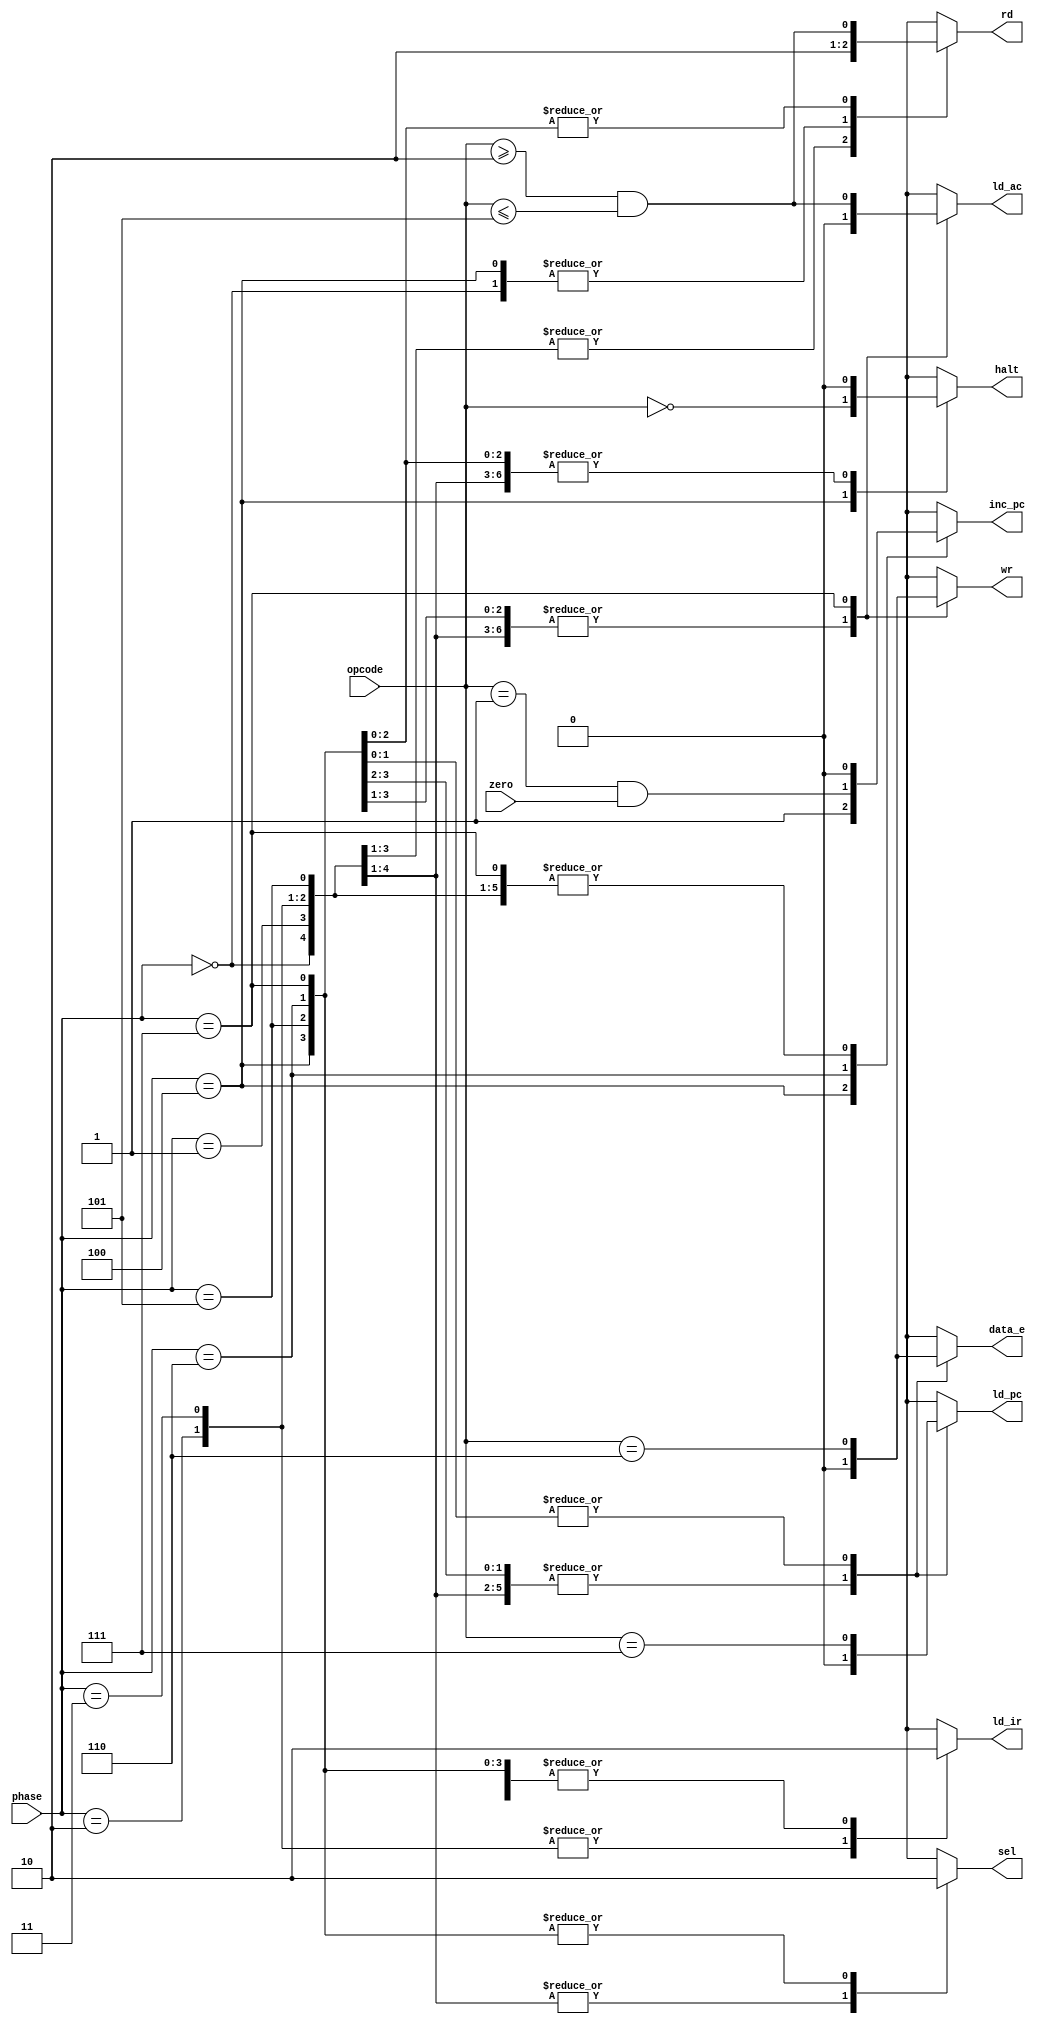
module controller (
  input wire [2: 0] phase,
  input wire zero,
  input wire [2: 0] opcode,
  output reg sel,
  output reg rd,
  output reg ld_ir,
  output reg halt,
  output reg inc_pc,
  output reg ld_ac,
  output reg wr,
  output reg ld_pc,
  output reg data_e
);

  always @ (phase, zero, opcode) begin
    case (phase)
      3'b000: begin
        sel    = 1;
        rd     = 0;
        ld_ir  = 0;
        halt   = 0;
        inc_pc = 0;
        ld_ac  = 0;
        ld_pc  = 0;
        wr     = 0;
        data_e = 0;
      end
      3'b001: begin
        sel    = 1;
        rd     = 1;
        ld_ir  = 0;
        halt   = 0;
        inc_pc = 0;
        ld_ac  = 0;
        ld_pc  = 0;
        wr     = 0;
        data_e = 0;
      end
      3'b010: begin
        sel    = 1;
        rd     = 1;
        ld_ir  = 1;
        halt   = 0;
        inc_pc = 0;
        ld_ac  = 0;
        ld_pc  = 0;
        wr     = 0;
        data_e = 0;
      end
      3'b011: begin
        sel    = 1;
        rd     = 1;
        ld_ir  = 1;
        halt   = 0;
        inc_pc = 0;
        ld_ac  = 0;
        ld_pc  = 0;
        wr     = 0;
        data_e = 0;
      end
      3'b100: begin
        sel    = 0;
        rd     = 0;
        ld_ir  = 0;
        halt   = (opcode == 3'b000);
        inc_pc = 1;
        ld_ac  = 0;
        ld_pc  = 0;
        wr     = 0;
        data_e = 0;
      end
      3'b101: begin
        sel    = 0;
        rd     = (opcode >= 3'b010 && opcode <= 3'b101);
        ld_ir  = 0;
        halt   = 0;
        inc_pc = 0;
        ld_ac  = 0;
        ld_pc  = 0;
        wr     = 0;
        data_e = 0;
      end
      3'b110: begin
        sel    = 0;
        rd     = (opcode >= 3'b010 && opcode <= 3'b101);
        ld_ir  = 0;
        halt   = 0;
        inc_pc = (opcode == 3'b001 && zero);
        ld_ac  = 0;
        ld_pc  = (opcode == 3'b111);
        wr     = 0;
        data_e = (opcode == 3'b110);
      end
      3'b111: begin
        sel    = 0;
        rd     = (opcode >= 3'b010 && opcode <= 3'b101);
        ld_ir  = 0;
        halt   = 0;
        inc_pc = 0;
        ld_ac  = (opcode >= 3'b010 && opcode <= 3'b101);
        ld_pc  = (opcode == 3'b111);
        wr     = (opcode == 3'b110);
        data_e = (opcode == 3'b110);
      end
    endcase
  end

endmodule